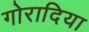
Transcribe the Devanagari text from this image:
गोरादिया